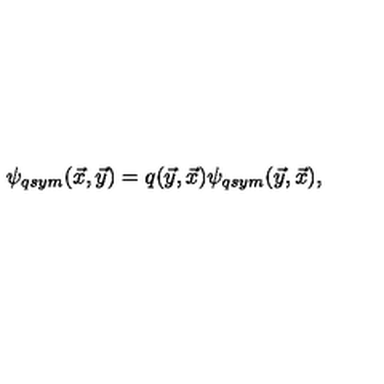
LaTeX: \psi _ { q s y m } ( \vec { x } , \vec { y } ) = q ( \vec { y } , \vec { x } ) \psi _ { q s y m } ( \vec { y } , \vec { x } ) ,